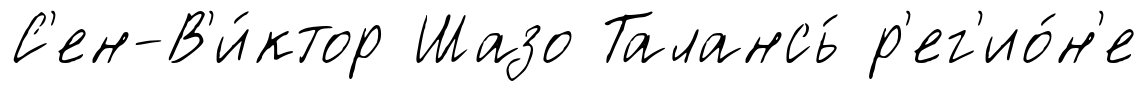
С'ен-В'и́ктор Шазо Талансь́ р'ег'ио́н'е